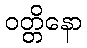
ဝတ္တိနော